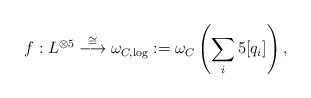
LaTeX: \begin{align*}f:L^{\otimes 5}\stackrel{\cong}{\longrightarrow}\omega_{C,\log}:=\omega_C\left(\sum_i5[q_i]\right),\end{align*}